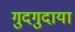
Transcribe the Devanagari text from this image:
गुदगुदाया